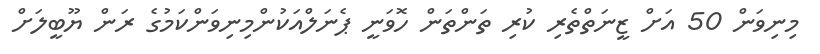
މިނިވަން 50 އަށް ޒީނަތްތެރި ކުރި ތަންތަން ހޮވަނީ ޕެނަލްއަކުންމިނިވަންކަމުގެ ރަން ޔޫބީލަށް